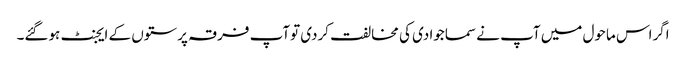
اگراس ماحول میں آپ نے سماجوادی کی مخالفت کردی توآپ فرقہ پرستوں کے ایجنٹ ہوگئے۔